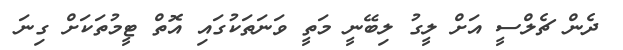
ދެން ޗެލްސީ އަށް ލީގު ލިބޭނީ މަތީ ވަނަތަކުގައި އޮތް ޓީމުތަކަށް ގިނަ